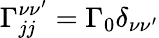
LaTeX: \Gamma_{jj}^{\nu\nu^{\prime}}=\Gamma_{0}\delta_{\nu\nu^{\prime}}